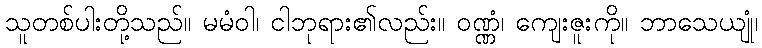
သူတစ်ပါးတို့သည်။ မမံဝါ၊ ငါဘုရား၏လည်း။ ဝဏ္ဏံ၊ ကျေးဇူးကို။ ဘာသေယျုံ၊